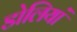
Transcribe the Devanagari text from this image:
डोलियां